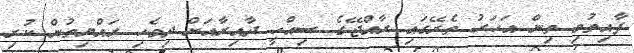
ފާއިތުވި ތިން އަހަރު ތެރޭގައި ރާއްޖޭގެ ސިއްހީ ދާއިރާއަށް ދިވެހި ރައްޔިތުން ކުރި